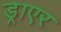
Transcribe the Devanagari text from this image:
ड्राएर